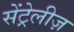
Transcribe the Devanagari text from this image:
सेंट्रेलीज़